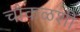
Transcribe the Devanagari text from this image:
चौकळशी